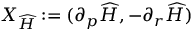
{ X } _ { \widehat H } : = ( \partial _ { p } \widehat H , - \partial _ { r } \widehat H )